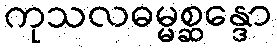
ကုသလဓမ္မစ္ဆန္ဒော